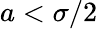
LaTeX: a<\sigma/2